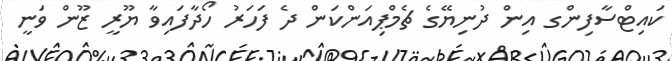
ކައިޓްސާފިންގ އިން ދުނިޔޭގެ ޗެމްޕިއަންކަން ދެ ފަހަރު ހޯދާފައިވާ ޔޫރީ ޒޫން ވަނީ